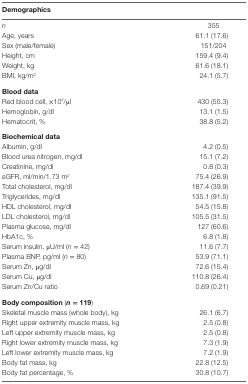
<table><thead><tr><td><b>Demographics</b></td><td></td></tr></thead><tbody><tr><td><i>n</i></td><td>355</td></tr><tr><td>Age, years</td><td>61.1 (17.6)</td></tr><tr><td>Sex (male/female)</td><td>151/204</td></tr><tr><td>Height, cm</td><td>159.4 (9.4)</td></tr><tr><td>Weight, kg</td><td>61.6 (18.1)</td></tr><tr><td>BMI, kg/m<sup>2</sup></td><td>24.1 (5.7)</td></tr><tr><td><b>Blood data</b></td><td></td></tr><tr><td>Red blood cell, ×10<sup>4</sup>/μl</td><td>430 (55.3)</td></tr><tr><td>Hemoglobin, g/dl</td><td>13.1 (1.5)</td></tr><tr><td>Hematocrit, %</td><td>38.8 (5.2)</td></tr><tr><td><b>Biochemical data</b></td><td></td></tr><tr><td>Albumin, g/dl</td><td>4.2 (0.5)</td></tr><tr><td>Blood urea nitrogen, mg/dl</td><td>15.1 (7.2)</td></tr><tr><td>Creatinine, mg/dl</td><td>0.8 (0.3)</td></tr><tr><td>eGFR, ml/min/1.73 m<sup>2</sup></td><td>75.4 (26.9)</td></tr><tr><td>Total cholesterol, mg/dl</td><td>187.4 (39.9)</td></tr><tr><td>Triglycerides, mg/dl</td><td>135.1 (91.5)</td></tr><tr><td>HDL cholesterol, mg/dl</td><td>54.5 (15.8)</td></tr><tr><td>LDL cholesterol, mg/dl</td><td>105.5 (31.5)</td></tr><tr><td>Plasma glucose, mg/dl</td><td>127 (60.6)</td></tr><tr><td>HbA1c, %</td><td>6.8 (1.8)</td></tr><tr><td>Serum insulin, μU/ml (<i>n</i> = 42)</td><td>11.6 (7.7)</td></tr><tr><td>Plasma BNP, pg/ml (<i>n</i> = 80)</td><td>53.9 (71.1)</td></tr><tr><td>Serum Zn, μg/dl</td><td>72.6 (15.4)</td></tr><tr><td>Serum Cu, μg/dl</td><td>110.8 (26.4)</td></tr><tr><td>Serum Zn/Cu ratio</td><td>0.69 (0.21)</td></tr><tr><td><b>Body composition</b> (<b><i>n</i> = 119</b>)</td><td></td></tr><tr><td>Skeletal muscle mass (whole body), kg</td><td>26.1 (6.7)</td></tr><tr><td>Right upper extremity muscle mass, kg</td><td>2.5 (0.8)</td></tr><tr><td>Left upper extremity muscle mass, kg</td><td>2.5 (0.8)</td></tr><tr><td>Right lower extremity muscle mass, kg</td><td>7.3 (1.9)</td></tr><tr><td>Left lower extremity muscle mass, kg</td><td>7.2 (1.9)</td></tr><tr><td>Body fat mass, kg</td><td>22.8 (12.5)</td></tr><tr><td>Body fat percentage, %</td><td>30.8 (10.7)</td></tr></tbody></table>